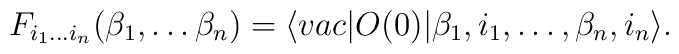
F_{i_1\dots i_n}(\beta_1,\dots\beta_n)=\langle vac\vert O(0)\vert\beta_1,i_1,\dots ,\beta_n,i_n\rangle .